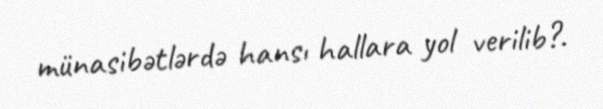
münasibətlərdə hansı hallara yol verilib?.